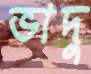
ভাদু